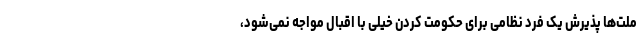
ملت‌ها پذیرش یک فرد نظامی برای حکومت کردن خیلی با اقبال مواجه نمی‌شود،